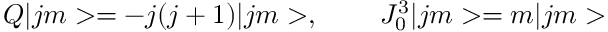
Q | j m > = - j ( j + 1 ) | j m > , \; \; \; \; \; \; \; \; J _ { 0 } ^ { 3 } | j m > = m | j m >